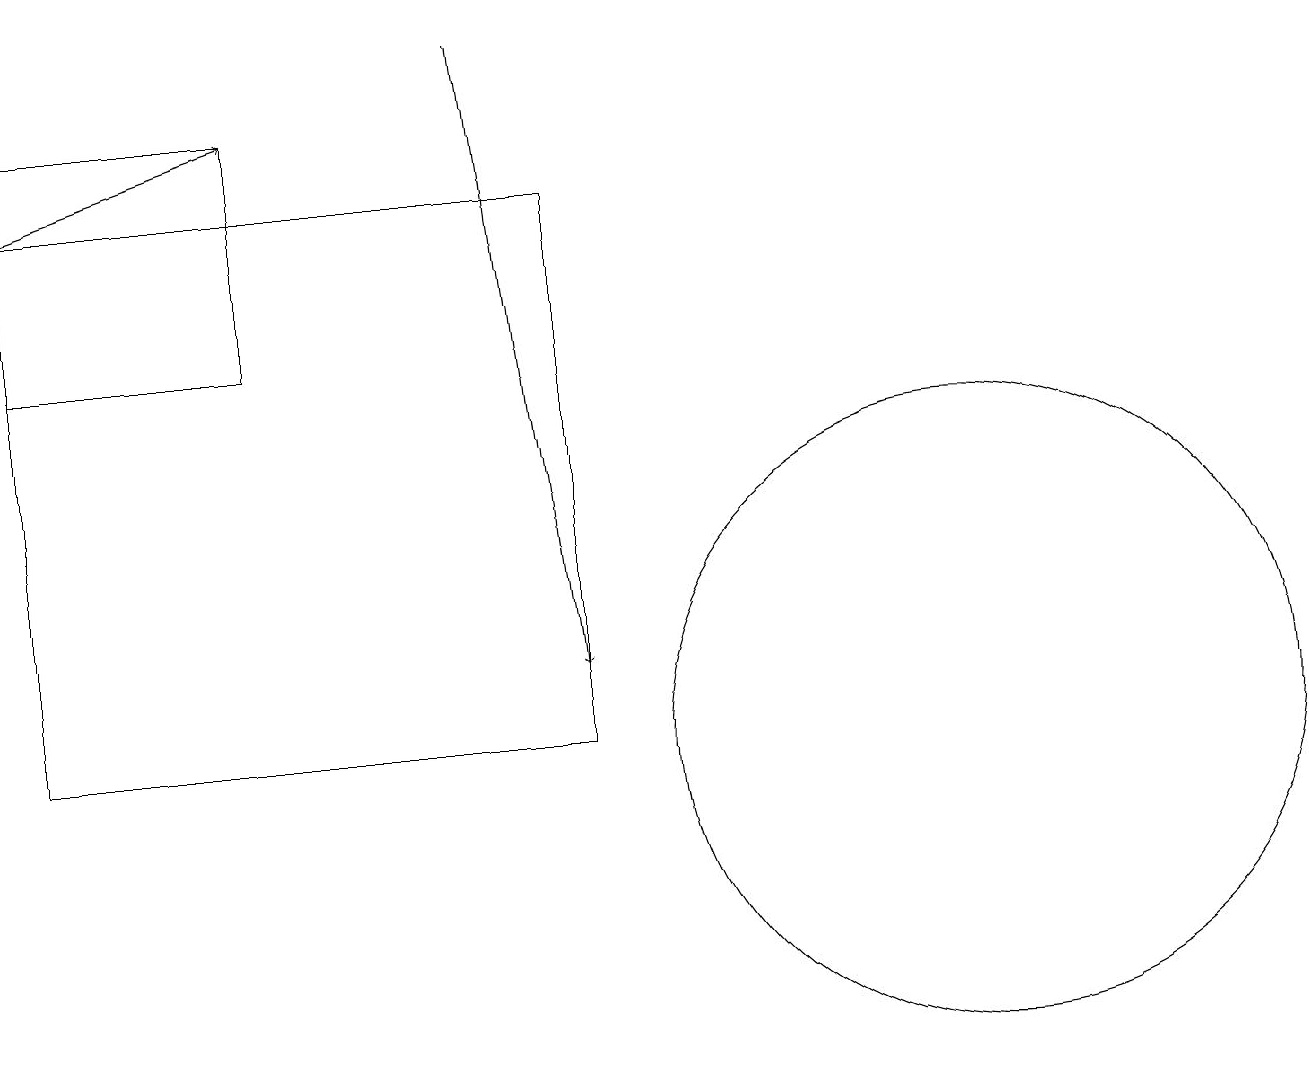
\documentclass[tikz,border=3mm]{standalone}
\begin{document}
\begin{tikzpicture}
\draw[->] (0,17) -- (3,18);
\draw (12,10) circle (4);
\draw (7,10) rectangle (0,17);
\draw[->] (6,19) -- (7,11);
\draw (3,18) rectangle (0,15);
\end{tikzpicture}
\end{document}